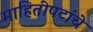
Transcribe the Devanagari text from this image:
माहितीपटांचे